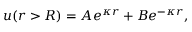
u ( r > R ) = A e ^ { \kappa r } + B e ^ { - \kappa r } ,